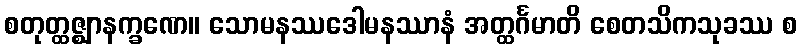
စတုတ္ထဇ္ဈာနက္ခဏေ။ သောမနဿဒေါမနဿာနံ အတ္ထင်္ဂမာတိ စေတသိကသုခဿ စ